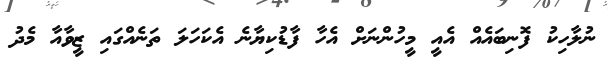
ނުލާހިކު ފޮނިބައެއް އެއީ މީހުންނަށް އެހާ ފާޑުކިޔާނެ އެކަހަލަ ތަނެއްގައި ޒީވާއާ މެދު